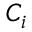
C _ { i }